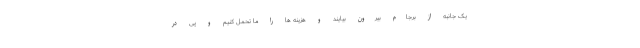
یک جانبه از برجام بیرون بیایند و هزینه ها را ما تحمل کنیم و پی در